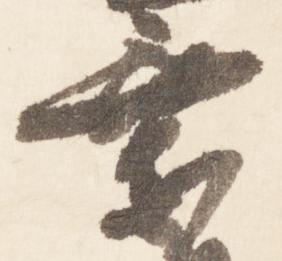
乗